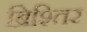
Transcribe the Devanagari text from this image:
ब्रिश्तिर